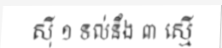
ស៊ី ១ ទល់នឹង ៣ ស្មើ